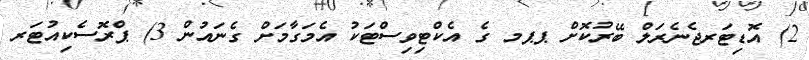
2) އޮޑިޓަރޖެނެރަލް ބޭރުކޮށް ޕޕމ ގެ އެކްޓިވިސްޓަކު އެމަގާމަށް ގެނައުން 3) ޕްރޮސެކިއުޓަރ